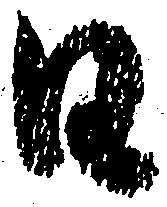
日